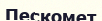
Пескомет